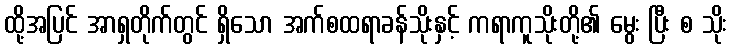
ထို့အပြင် အာရှတိုက်တွင် ရှိသော အက်စထရာခန်သိုးနှင့် ကရာကူသိုးတို့၏ မွေး ပြီး စ သိုး